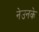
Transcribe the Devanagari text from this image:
नेउनके